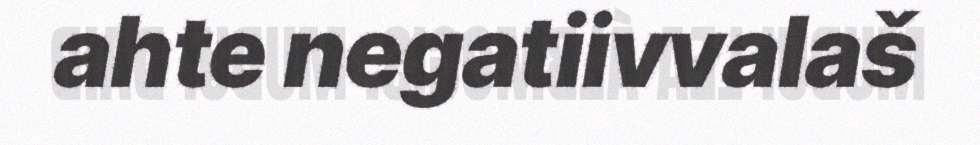
ahte negatiivvalaš